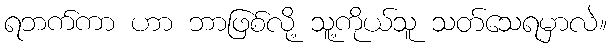
ရဘက်ကာ ဟာ ဘာဖြစ်လို့ သူ့ကိုယ်သူ သတ်သေရမှာလဲ။